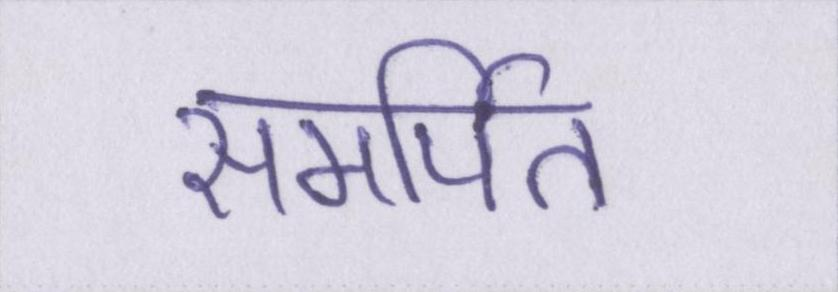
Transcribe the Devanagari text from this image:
समर्पित